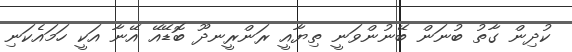
ކުދިން ގާތު ބުނަން ބޭނުންވަނީ ތިޔާއީ ރަންރީނދޫ ބޮޑޭއޭ އޭނާ އަކީ ހަމައެކަނި